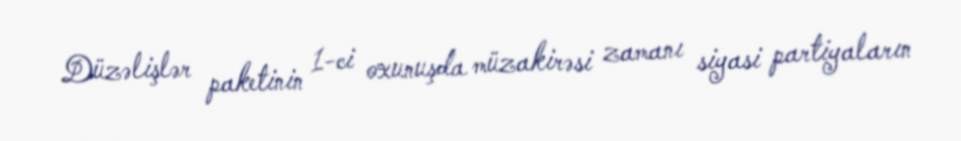
Düzəlişlər paketinin 1-ci oxunuşda müzakirəsi zamanı siyasi partiyaların